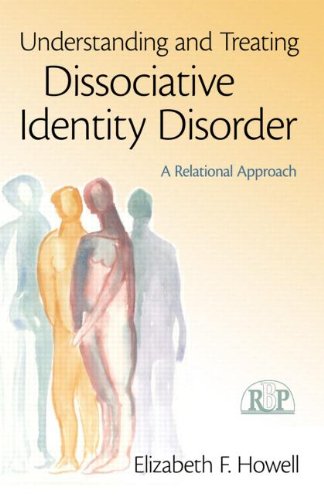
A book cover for Understanding and Treating Dissociative Identity Disorder: A Relational Approach (Relational Perspectives Book Series); Elizabeth F. Howell; Health, Fitness & Dieting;